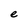
Character: e